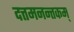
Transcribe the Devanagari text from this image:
दत्तमनन्तकम्